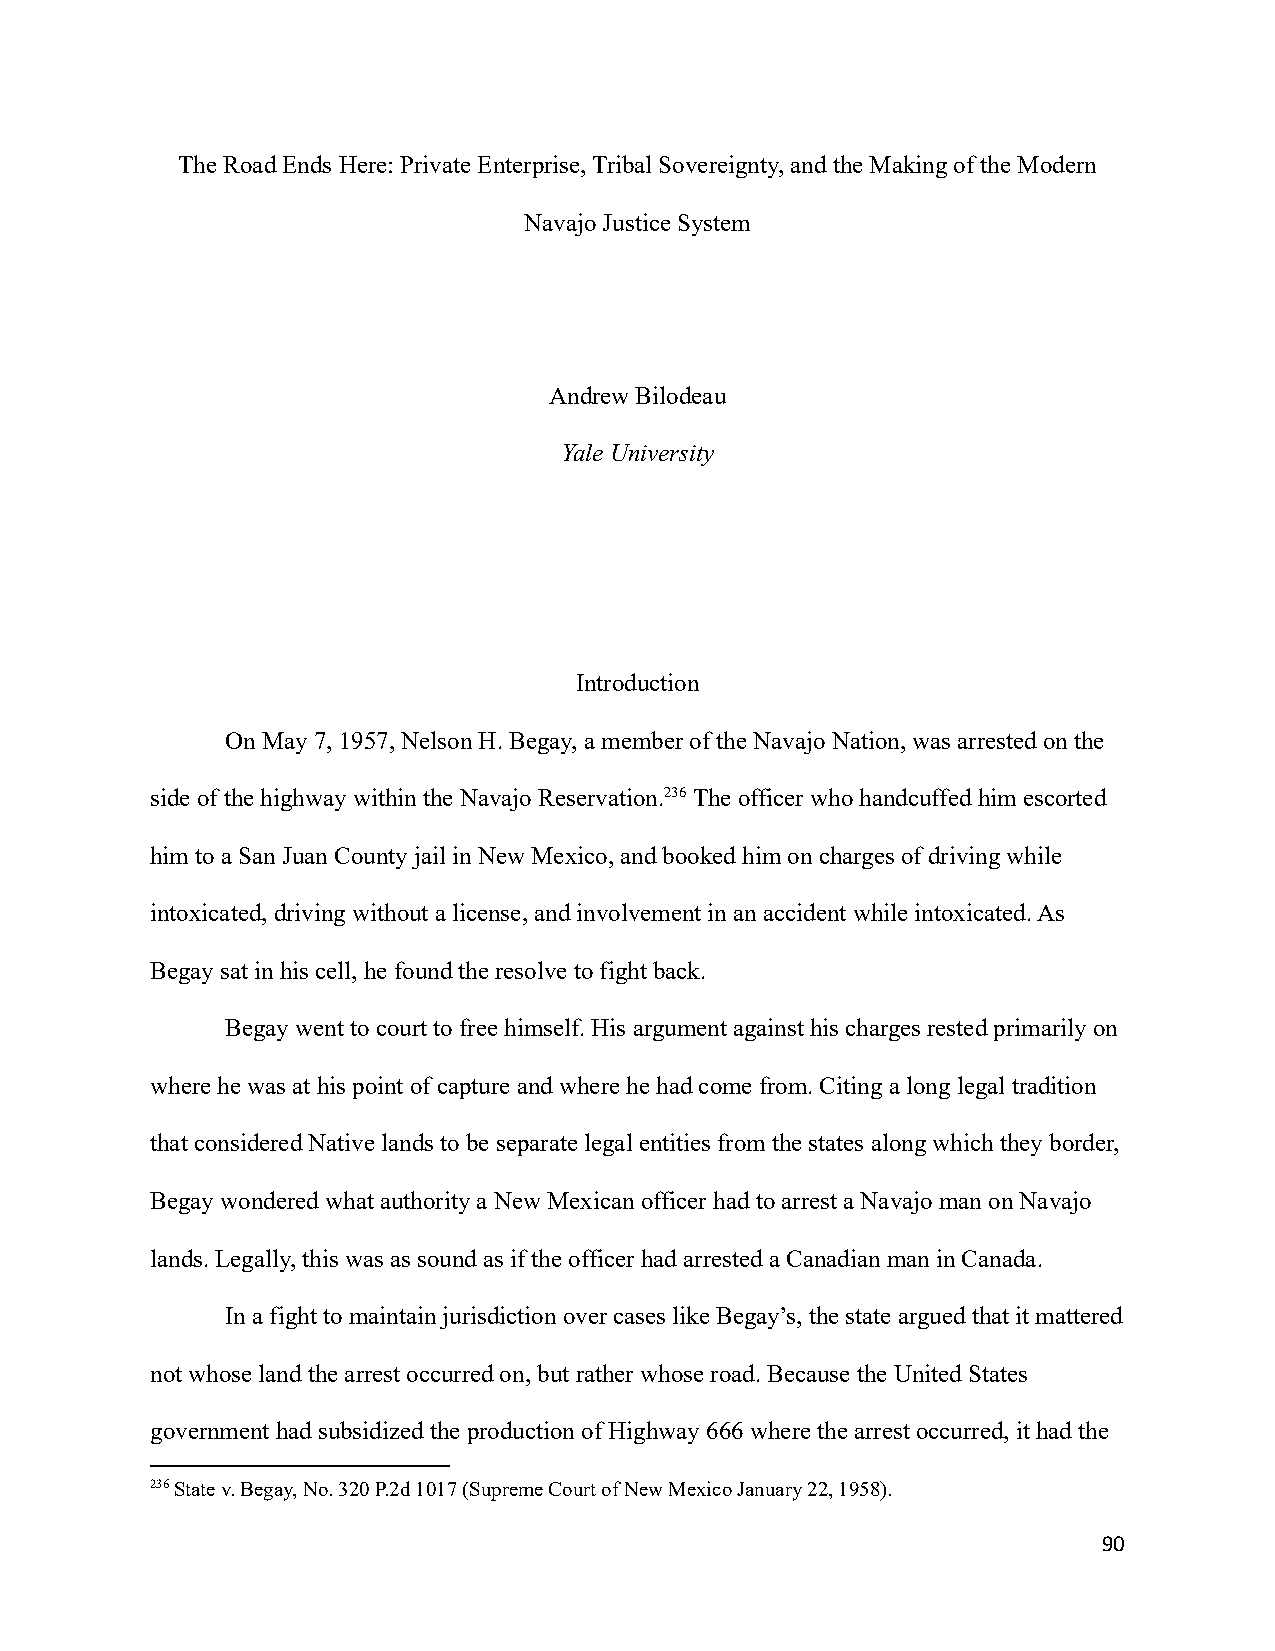
The Road Ends Here: Private Enterprise, Tribal Sovereignty, and the Making of the Modern
 Navajo Justice System
 Andrew Bilodeau
 Yale University
 Introduction
 On May 7, 1957, Nelson H. Begay, a member of theNavajo Nation, was arrested on the
 side of the highway within the Navajo Reservation.236The officer who handcuffed him escorted
 him to a San Juan County jail in New Mexico, and bookedhim on charges of driving while
 intoxicated, driving without a license, and involvementin an accident while intoxicated. As
 Begay sat in his cell, he found the resolve to fightback.
 Begay went to court to free himself. His argumentagainst his charges rested primarily on
 where he was at his point of capture and where hehad come from. Citing a long legal tradition
 that considered Native lands to be separate legalentities from the states along which they border,
 Begay wondered what authority a New Mexican officerhad to arrest a Navajo man on Navajo
 lands. Legally, this was as sound as if the officerhad arrested a Canadian man in Canada.
 In a fight to maintain jurisdiction over cases likeBegay’s, the state argued that it mattered
 not whose land the arrest occurred on, but ratherwhose road. Because the United States
 government had subsidized the production of Highway666 where the arrest occurred, it had the
 236State v. Begay, No. 320 P.2d 1017 (Supreme Courtof New Mexico January 22, 1958).
 90